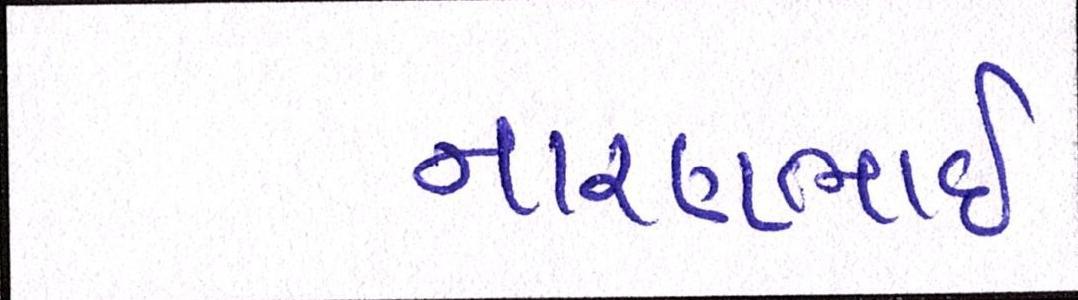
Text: નારણભાઈ